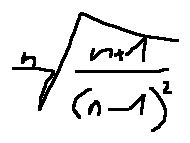
\sqrt [ n ] { \frac { n + 1 } { ( n - 1 ) ^ { 2 } } }